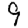
Digit: 9